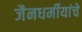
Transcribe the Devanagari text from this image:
जैनधर्मीयांचे